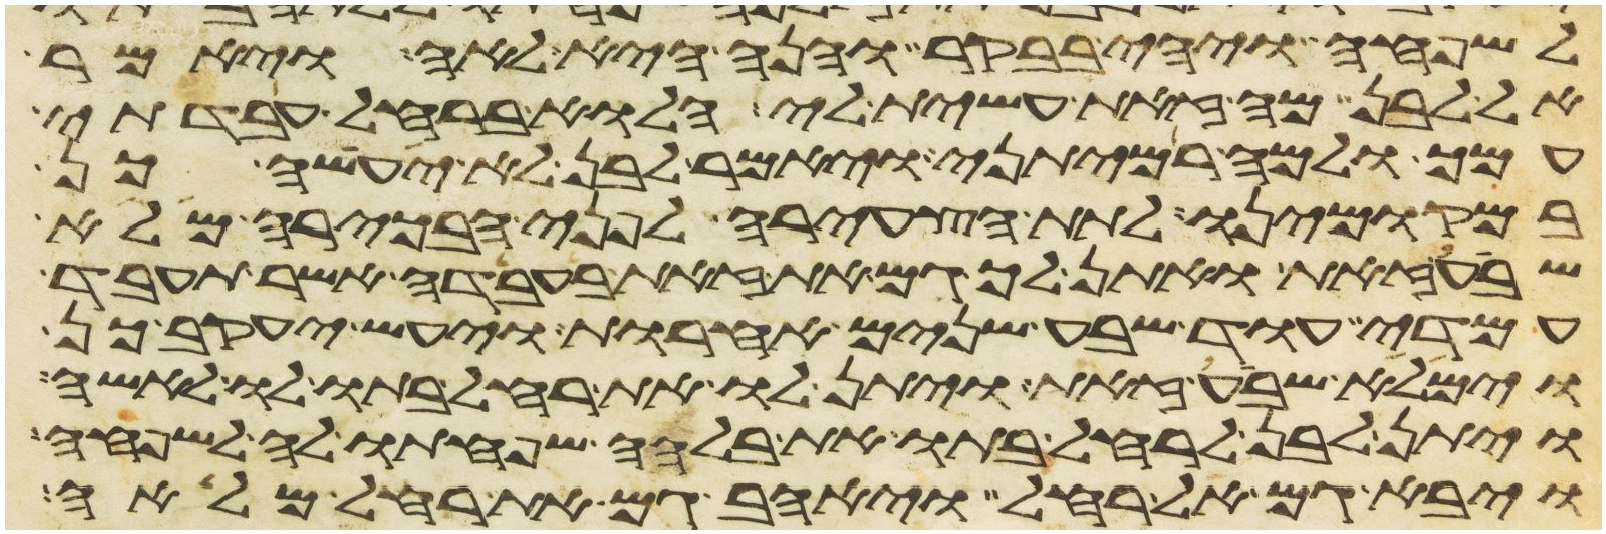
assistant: לשפחה ויהי בבקר והנה היא לאה ויאמר
אל לבן מה זאת עשית לי הלוא ברחל עבדתי
עמך ולמה רמיתני ויאמר לבן לא יעשה כן
במקומינו לתת הצעירה לפני הבכירה מלא
שבע זאת ואתן לך גם את זאת בעבדה אשר תעבד
עמדי עוד שבע שנים אחרות ויעש יעקב כן
וימלא שבע זאת ויתן לו את רחל בתו לו לאשה
ויתן לבן לרחל בתו את בלהה שפחתו לה לשפחה
ויבא גם אל רחל ויאהב גם את רחל מלאה